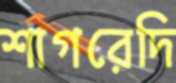
শাগরেদি